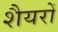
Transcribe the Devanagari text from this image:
शैयरों